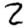
Digit: 2